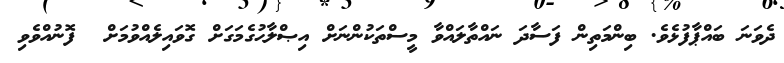
ދެވަނަ ބައްޕާފުޅެވެ. ބިންމަތިން ފަސާދަ ނައްތާލައްވާ މީސްތަކުންނަށް އިޞްލާޙުގެމަގަށް ގޮވައިލެއްވުމަށް  ފޮނުއްވެވި